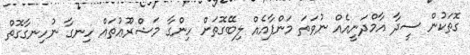
ގޮތަކުން ސީދާ އާމްދަނީއެއް ނުވަތަ މަންފާއެއް ލިބޭގޮތަށް ހިންގާ މަޝްރޫޢުތައް ހިނގާ ނުހިނގާގޮތް